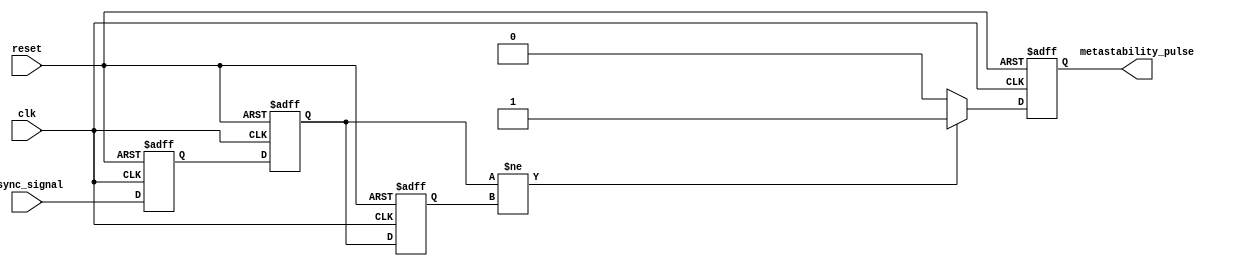
module metastability_detector (
    input wire clk,              // Sampling clock
    input wire async_signal,     // Asynchronous input signal
    input wire reset,            // Reset signal
    output reg metastability_pulse // Output pulse indicating metastability
);

    // Internal signals
    reg ff1_out;                // Output of the first D flip-flop
    reg ff2_out;                // Output of the second D flip-flop
    reg ff2_out_prev;           // Previous output of the second D flip-flop

    // D Flip-Flop 1
    always @(posedge clk or posedge reset) begin
        if (reset) begin
            ff1_out <= 1'b0;
        end else begin
            ff1_out <= async_signal; // Sample input signal
        end
    end

    // D Flip-Flop 2
    always @(posedge clk or posedge reset) begin
        if (reset) begin
            ff2_out <= 1'b0;
        end else begin
            ff2_out <= ff1_out; // Sample output of first flip-flop
        end
    end

    // Generate pulse for metastability detection
    always @(posedge clk or posedge reset) begin
        if (reset) begin
            metastability_pulse <= 1'b0;
            ff2_out_prev <= 1'b0;
        end else begin
            // Detect change in ff2_out
            if (ff2_out != ff2_out_prev) begin
                metastability_pulse <= 1'b1; // Generate pulse on change
            end else begin
                metastability_pulse <= 1'b0; // Reset pulse if no change
            end
            ff2_out_prev <= ff2_out; // Update previous output
        end
    end

endmodule